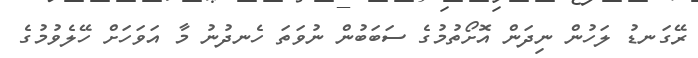
ރޭގަނޑު ލަހުން ނިދަން އޮށޯތުމުގެ ސަބަބުން ނުވަތަ ހެނދުނު މާ އަވަހަށް ހޭލެވުމުގެ